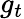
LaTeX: g_{t}